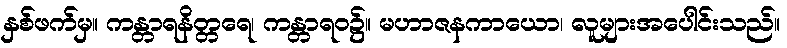
နှစ်ဖက်မှ။ ကန္တာရနိတ္တရေ၊ ကန္တာရဝ၌။ မဟာဇနကာယော၊ လူများအပေါင်းသည်။